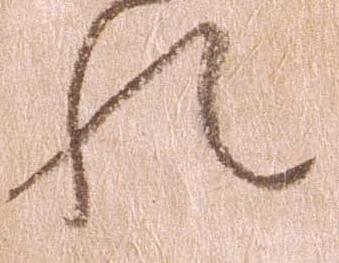
れ